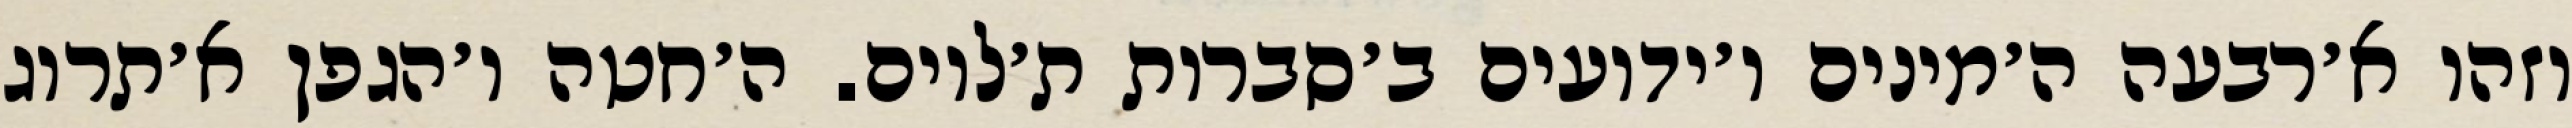
וזהו א׳רבעה ה׳מינים ו׳ידועים ב׳סברות ת׳לוים. ה׳חטה ו׳הגפן א׳תרוג